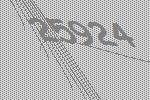
25924